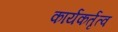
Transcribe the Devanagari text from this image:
कार्यकर्तृत्व